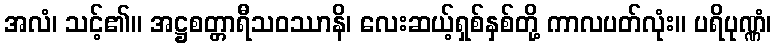
အလံ၊ သင့်၏။ အဋ္ဌစတ္တာရီသဝဿာနိ၊ လေးဆယ့်ရှစ်နှစ်တို့ ကာလပတ်လုံး။ ပရိပုဏ္ဏံ၊